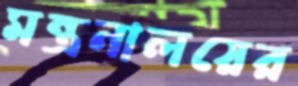
মন্ত্রনালয়ের